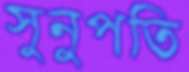
সুনুপতি